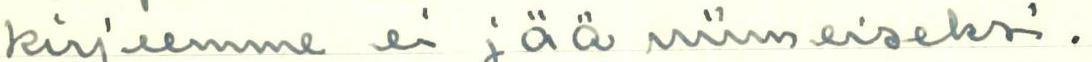
kirjeemme ei jää viimeiseksi.